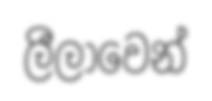
ලීලාවෙන්